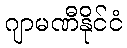
ဂျာမဏီနိုင်ငံ